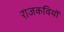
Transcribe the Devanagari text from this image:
राजकवियों